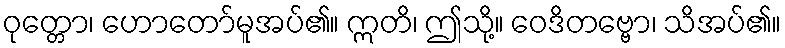
ဝုတ္တော၊ ဟောတော်မူအပ်၏။ ဣတိ၊ ဤသို့။ ဝေဒိတဗ္ဗော၊ သိအပ်၏။